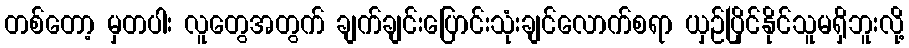
တစ်တော့ မှတပါး လူတွေအတွက် ချက်ချင်းပြောင်းသုံးချင်လောက်စရာ ယှဉ်ပြိုင်နိုင်သူမရှိဘူးလို့